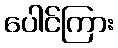
ပေါင်ကြား